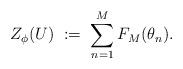
LaTeX: \begin{align*} Z_{\phi}(U) \ \coloneqq \ \sum_{n=1}^{M}F_{M}(\theta_{n}).\end{align*}